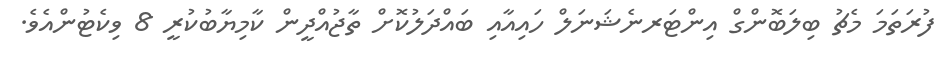
ފުރަތަމަ މެޗު ބިލަބޮންގް އިންޓަރނެޝަނަލް ހައިއާއި ބައްދަލުކޮށް ތާޖުއްދީން ކާމިޔާބުކުރީ 8 ވިކެޓުންއެވެ.